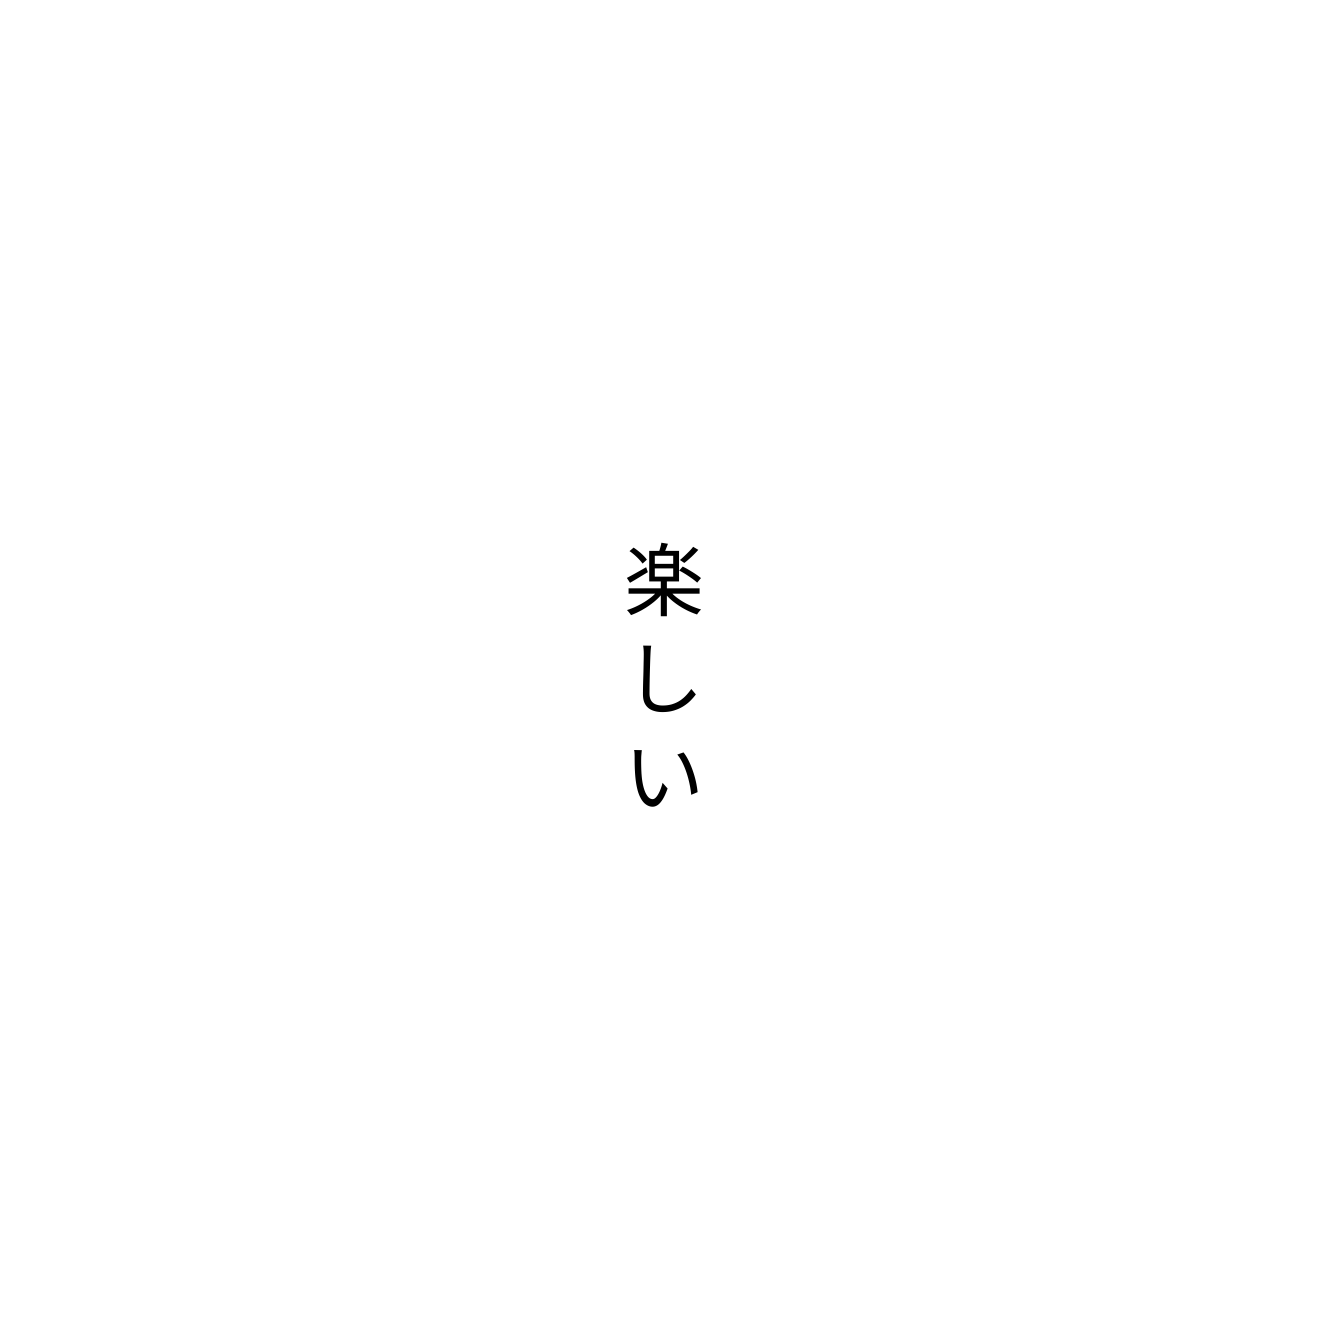
楽しい